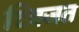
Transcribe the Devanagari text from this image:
दिबजत